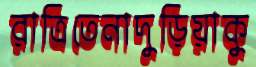
রাত্রিতেনাদুড়িয়াকু